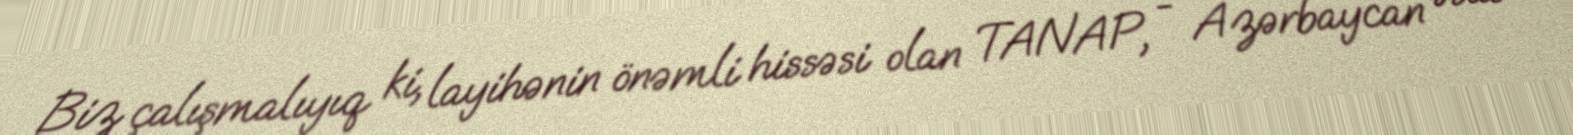
Biz çalışmalıyıq ki, layihənin önəmli hissəsi olan TANAP, - Azərbaycan əsas